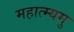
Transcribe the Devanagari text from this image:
महात्म्यमु